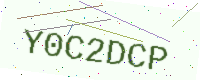
Text: Y0C2DCP